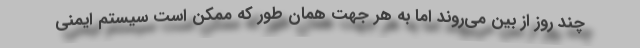
چند روز از بین می‌روند اما به هر جهت همان طور که ممکن است سیستم ایمنی